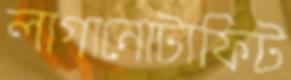
লাগানোটাফিট